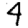
Digit: 4